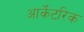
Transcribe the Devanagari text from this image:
आर्केंटरिक